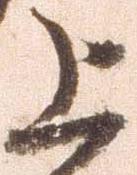
上